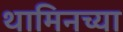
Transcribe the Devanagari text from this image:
थामिनच्या